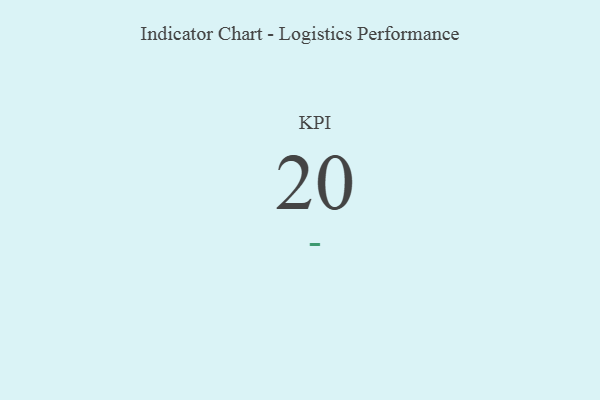
{"axis": {"x": "KPI", "y": "Value"}, "legend": [""], "data": [{"x": "KPI", "y": 20, "type": ""}]}